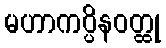
မဟာကပ္ပိနဝတ္ထု